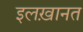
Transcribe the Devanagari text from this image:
इलख़ानत